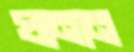
ঘানান